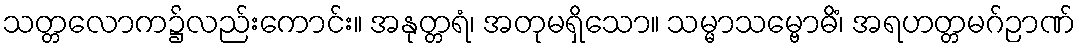
သတ္တလောက၌လည်းကောင်း။ အနုတ္တရံ၊ အတုမရှိသော။ သမ္မာသမ္ဗောဓိံ၊ အရဟတ္တမဂ်ဉာဏ်